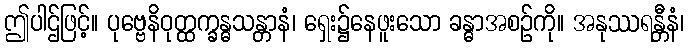
ဤပါဌ်ဖြင့်။ ပုဗ္ဗေနိဝုတ္ထက္ခန္ဓသန္တာနံ၊ ရှေး၌နေဖူးသော ခန္ဓာအစဉ်ကို။ အနုဿရန္တီနံ၊